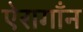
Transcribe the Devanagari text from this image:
ऐरागाँन